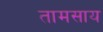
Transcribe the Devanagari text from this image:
तामसाय